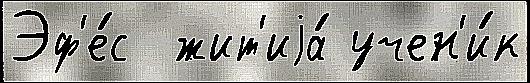
Эф'е́с  жит'иjа́ учен'и́к